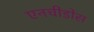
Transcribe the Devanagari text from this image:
एनचीडोस